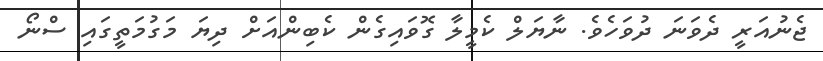
ޖެނުއަރީ ދެވަނަ ދުވަހެވެ. ނާޔަލް ކެމީލާ ގޮވައިގެން ކެބިންއަށް ދިޔަ މަގުމަތީގައި ސްނޯ